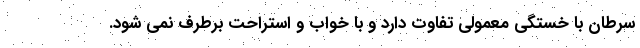
سرطان با خستگی معمولی تفاوت دارد و با خواب و استراحت برطرف نمی شود.